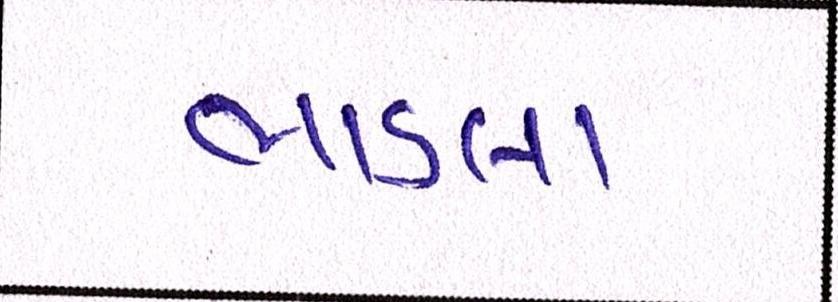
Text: ભાડલા